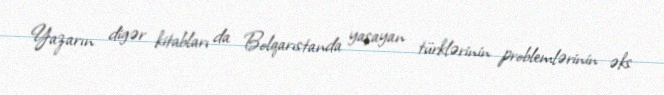
Yazarın digər kitabları da Bolqarıstanda yaşayan türklərinin problemlərinin əks